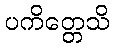
ပကိတ္တေသိ